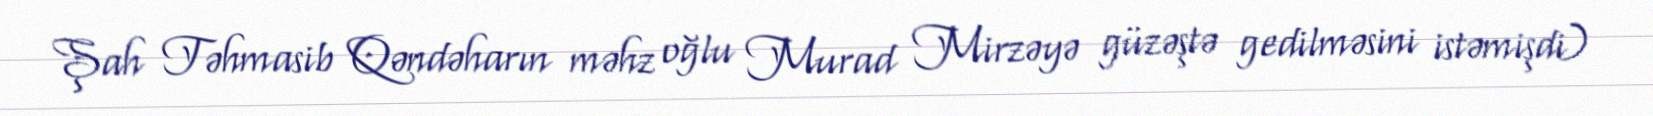
Şah Təhmasib Qəndəharın məhz oğlu Murad Mirzəyə güzəştə gedilməsini istəmişdi)